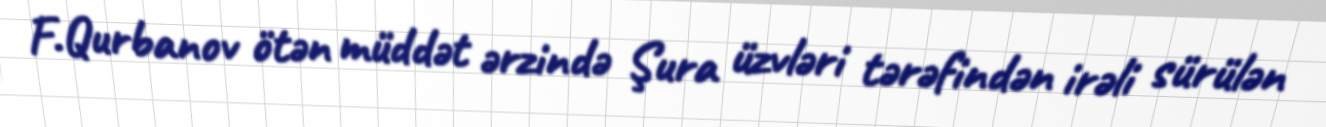
F.Qurbanov ötən müddət ərzində Şura üzvləri tərəfindən irəli sürülən